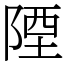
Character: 陻